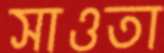
সাওতা